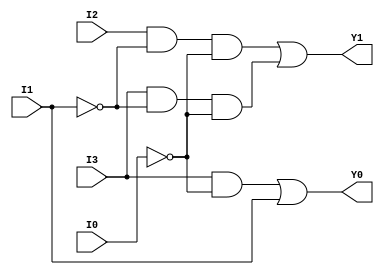
module Priority1032(Y1,Y0,I3,I2,I1,I0);
output Y1,Y0;
input I3,I2,I1,I0;
assign Y1= (I2&~I1&~I0)|(I3&~I1&~I0);
assign Y0= (I3&~I0)|I1;
endmodule